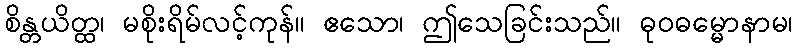
စိန္တယိတ္ထ၊ မစိုးရိမ်လင့်ကုန်။ ဧသော၊ ဤသေခြင်းသည်။ ဓုဝဓမ္မောနာမ၊